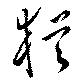
猶